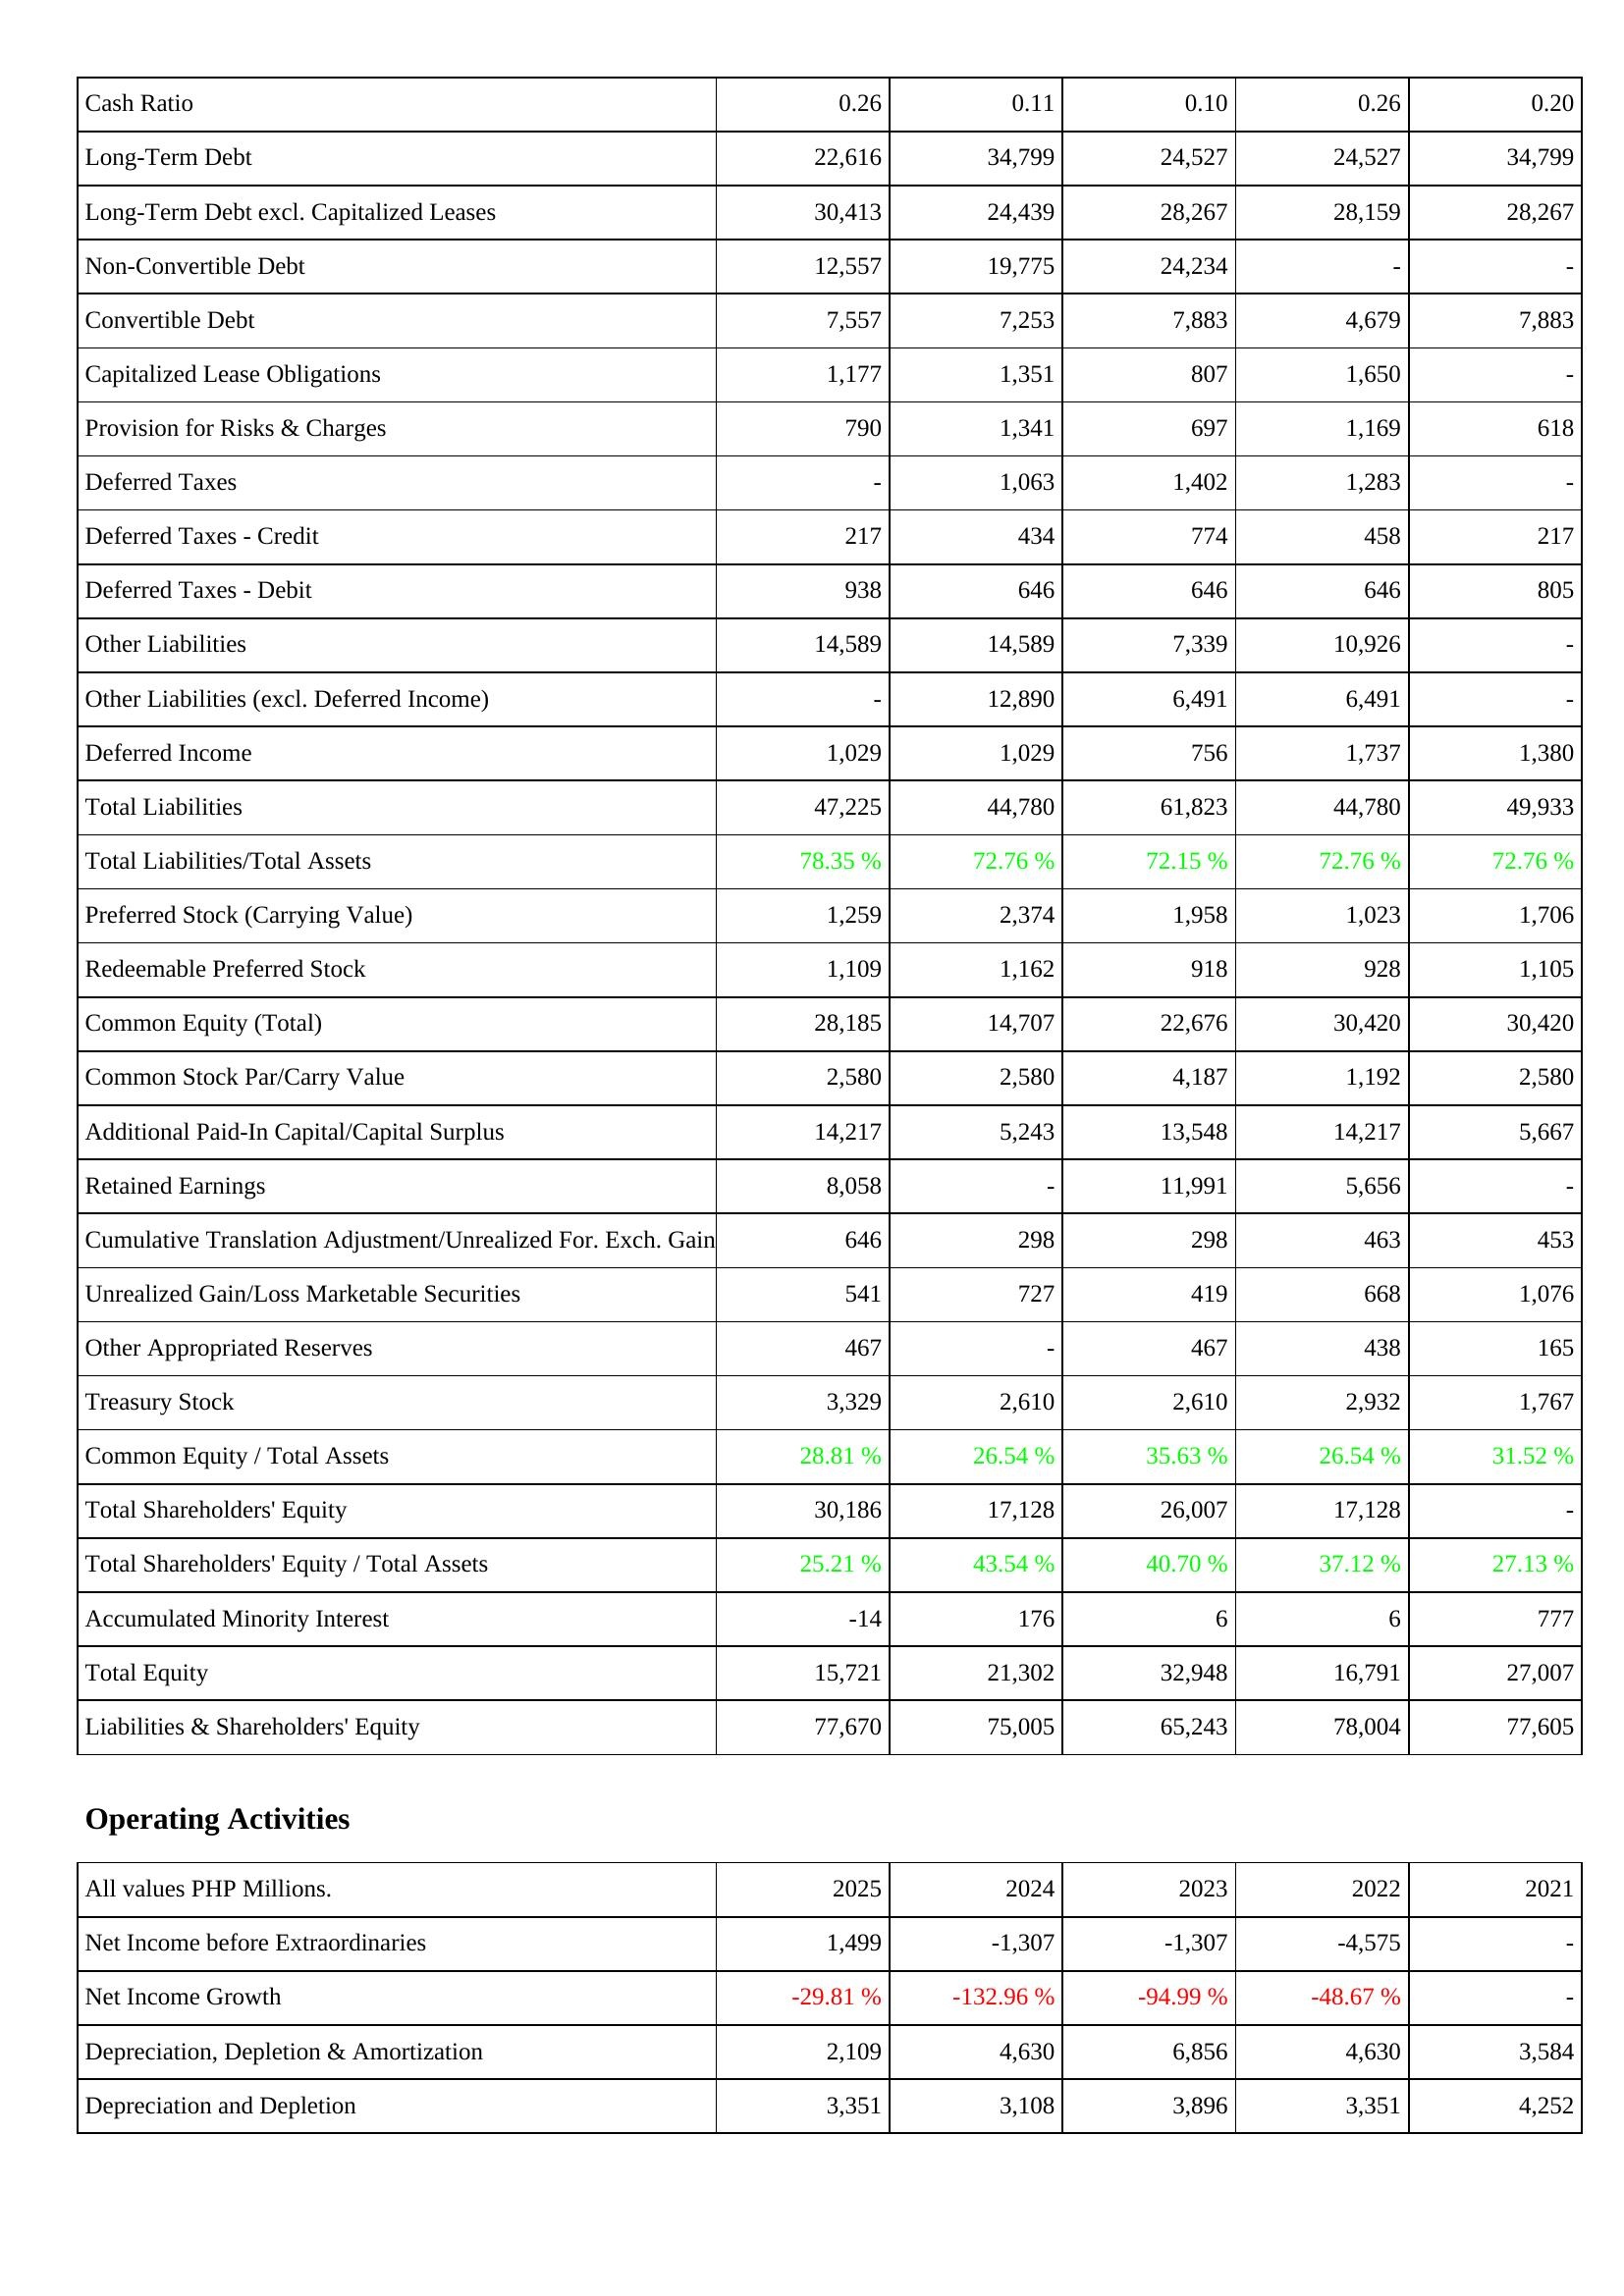
2025: Liabilities & Shareholders' Equity: Cash Ratio: 0.26
Long-Term Debt: 22,616
Long-Term Debt excl. Capitalized Leases: 30,413
Non-Convertible Debt: 12,557
Convertible Debt: 7,557
Capitalized Lease Obligations: 1,177
Provision for Risks & Charges: 790
Deferred Taxes: -
Deferred Taxes - Credit: 217
Deferred Taxes - Debit: 938
Other Liabilities: 14,589
Other Liabilities (excl. Deferred Income): -
Deferred Income: 1,029
Total Liabilities: 47,225
Total Liabilities/Total Assets: 78.35 %
Preferred Stock (Carrying Value): 1,259
Redeemable Preferred Stock: 1,109
Common Equity (Total): 28,185
Common Stock Par/Carry Value: 2,580
Additional Paid-In Capital/Capital Surplus: 14,217
Retained Earnings: 8,058
Cumulative Translation Adjustment/Unrealized For. Exch. Gain: 646
Unrealized Gain/Loss Marketable Securities: 541
Other Appropriated Reserves: 467
Treasury Stock: 3,329
Common Equity / Total Assets: 28.81 %
Total Shareholders' Equity: 30,186
Total Shareholders' Equity / Total Assets: 25.21 %
Accumulated Minority Interest: -14
Total Equity: 15,721
Liabilities & Shareholders' Equity: 77,670
Operating Activities: Net Income before Extraordinaries: 1,499
Net Income Growth: -29.81 %
Depreciation, Depletion & Amortization: 2,109
Depreciation and Depletion: 3,351
2024: Liabilities & Shareholders' Equity: Cash Ratio: 0.11
Long-Term Debt: 34,799
Long-Term Debt excl. Capitalized Leases: 24,439
Non-Convertible Debt: 19,775
Convertible Debt: 7,253
Capitalized Lease Obligations: 1,351
Provision for Risks & Charges: 1,341
Deferred Taxes: 1,063
Deferred Taxes - Credit: 434
Deferred Taxes - Debit: 646
Other Liabilities: 14,589
Other Liabilities (excl. Deferred Income): 12,890
Deferred Income: 1,029
Total Liabilities: 44,780
Total Liabilities/Total Assets: 72.76 %
Preferred Stock (Carrying Value): 2,374
Redeemable Preferred Stock: 1,162
Common Equity (Total): 14,707
Common Stock Par/Carry Value: 2,580
Additional Paid-In Capital/Capital Surplus: 5,243
Retained Earnings: -
Cumulative Translation Adjustment/Unrealized For. Exch. Gain: 298
Unrealized Gain/Loss Marketable Securities: 727
Other Appropriated Reserves: -
Treasury Stock: 2,610
Common Equity / Total Assets: 26.54 %
Total Shareholders' Equity: 17,128
Total Shareholders' Equity / Total Assets: 43.54 %
Accumulated Minority Interest: 176
Total Equity: 21,302
Liabilities & Shareholders' Equity: 75,005
Operating Activities: Net Income before Extraordinaries: -1,307
Net Income Growth: -132.96 %
Depreciation, Depletion & Amortization: 4,630
Depreciation and Depletion: 3,108
2023: Liabilities & Shareholders' Equity: Cash Ratio: 0.10
Long-Term Debt: 24,527
Long-Term Debt excl. Capitalized Leases: 28,267
Non-Convertible Debt: 24,234
Convertible Debt: 7,883
Capitalized Lease Obligations: 807
Provision for Risks & Charges: 697
Deferred Taxes: 1,402
Deferred Taxes - Credit: 774
Deferred Taxes - Debit: 646
Other Liabilities: 7,339
Other Liabilities (excl. Deferred Income): 6,491
Deferred Income: 756
Total Liabilities: 61,823
Total Liabilities/Total Assets: 72.15 %
Preferred Stock (Carrying Value): 1,958
Redeemable Preferred Stock: 918
Common Equity (Total): 22,676
Common Stock Par/Carry Value: 4,187
Additional Paid-In Capital/Capital Surplus: 13,548
Retained Earnings: 11,991
Cumulative Translation Adjustment/Unrealized For. Exch. Gain: 298
Unrealized Gain/Loss Marketable Securities: 419
Other Appropriated Reserves: 467
Treasury Stock: 2,610
Common Equity / Total Assets: 35.63 %
Total Shareholders' Equity: 26,007
Total Shareholders' Equity / Total Assets: 40.70 %
Accumulated Minority Interest: 6
Total Equity: 32,948
Liabilities & Shareholders' Equity: 65,243
Operating Activities: Net Income before Extraordinaries: -1,307
Net Income Growth: -94.99 %
Depreciation, Depletion & Amortization: 6,856
Depreciation and Depletion: 3,896
2022: Liabilities & Shareholders' Equity: Cash Ratio: 0.26
Long-Term Debt: 24,527
Long-Term Debt excl. Capitalized Leases: 28,159
Non-Convertible Debt: -
Convertible Debt: 4,679
Capitalized Lease Obligations: 1,650
Provision for Risks & Charges: 1,169
Deferred Taxes: 1,283
Deferred Taxes - Credit: 458
Deferred Taxes - Debit: 646
Other Liabilities: 10,926
Other Liabilities (excl. Deferred Income): 6,491
Deferred Income: 1,737
Total Liabilities: 44,780
Total Liabilities/Total Assets: 72.76 %
Preferred Stock (Carrying Value): 1,023
Redeemable Preferred Stock: 928
Common Equity (Total): 30,420
Common Stock Par/Carry Value: 1,192
Additional Paid-In Capital/Capital Surplus: 14,217
Retained Earnings: 5,656
Cumulative Translation Adjustment/Unrealized For. Exch. Gain: 463
Unrealized Gain/Loss Marketable Securities: 668
Other Appropriated Reserves: 438
Treasury Stock: 2,932
Common Equity / Total Assets: 26.54 %
Total Shareholders' Equity: 17,128
Total Shareholders' Equity / Total Assets: 37.12 %
Accumulated Minority Interest: 6
Total Equity: 16,791
Liabilities & Shareholders' Equity: 78,004
Operating Activities: Net Income before Extraordinaries: -4,575
Net Income Growth: -48.67 %
Depreciation, Depletion & Amortization: 4,630
Depreciation and Depletion: 3,351
2021: Liabilities & Shareholders' Equity: Cash Ratio: 0.20
Long-Term Debt: 34,799
Long-Term Debt excl. Capitalized Leases: 28,267
Non-Convertible Debt: -
Convertible Debt: 7,883
Capitalized Lease Obligations: -
Provision for Risks & Charges: 618
Deferred Taxes: -
Deferred Taxes - Credit: 217
Deferred Taxes - Debit: 805
Other Liabilities: -
Other Liabilities (excl. Deferred Income): -
Deferred Income: 1,380
Total Liabilities: 49,933
Total Liabilities/Total Assets: 72.76 %
Preferred Stock (Carrying Value): 1,706
Redeemable Preferred Stock: 1,105
Common Equity (Total): 30,420
Common Stock Par/Carry Value: 2,580
Additional Paid-In Capital/Capital Surplus: 5,667
Retained Earnings: -
Cumulative Translation Adjustment/Unrealized For. Exch. Gain: 453
Unrealized Gain/Loss Marketable Securities: 1,076
Other Appropriated Reserves: 165
Treasury Stock: 1,767
Common Equity / Total Assets: 31.52 %
Total Shareholders' Equity: -
Total Shareholders' Equity / Total Assets: 27.13 %
Accumulated Minority Interest: 777
Total Equity: 27,007
Liabilities & Shareholders' Equity: 77,605
Operating Activities: Net Income before Extraordinaries: -
Net Income Growth: -
Depreciation, Depletion & Amortization: 3,584
Depreciation and Depletion: 4,252